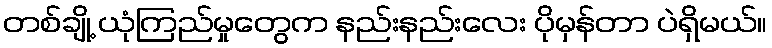
တစ်ချို့ ယုံကြည်မှုတွေက နည်းနည်းလေး ပိုမှန်တာ ပဲရှိမယ်။